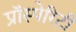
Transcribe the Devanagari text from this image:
प्रॉस्पेरिटी